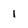
Character: 1